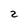
Character: 2